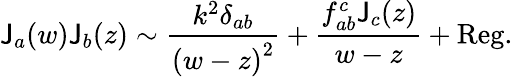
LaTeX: \mathsf{J}_{a}(w)\mathsf{J}_{b}(z)\sim\frac{{k^{2}\delta_{ab}}}{{{(w-z)}^{2}}}+\frac{{f_{ab}^{c}\mathsf{J}_{c}(z)}}{{w-z}}+\mathrm{{Reg.}}